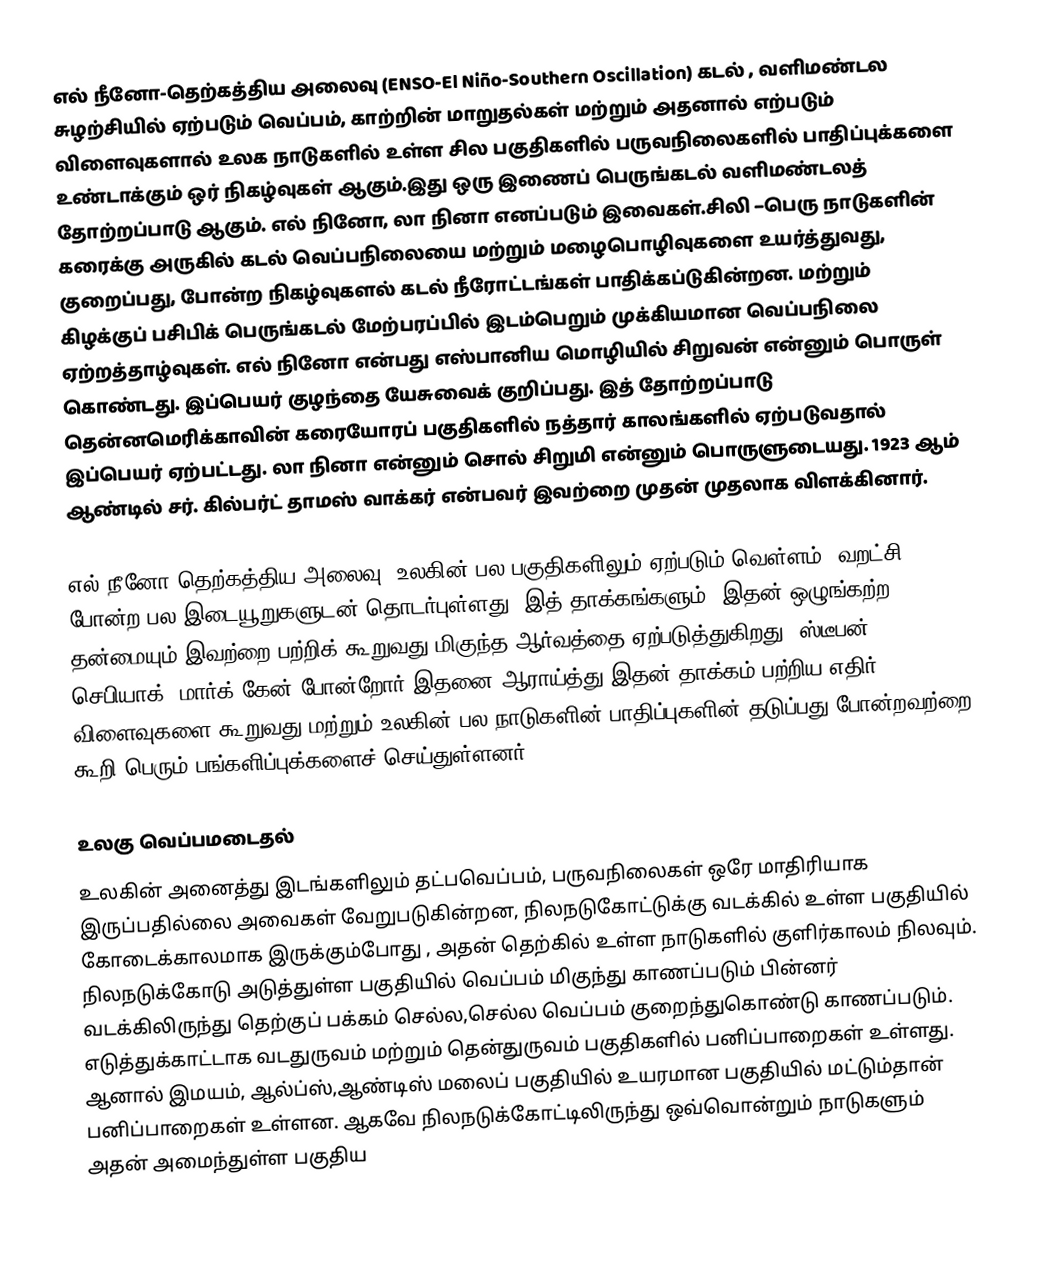
எல் நீனோ-தெற்கத்திய அலைவு (ENSO-El Niño-Southern Oscillation) கடல் , வளிமண்டல சுழற்சியில் ஏற்படும் வெப்பம், காற்றின் மாறுதல்கள் மற்றும் அதனால் எற்படும் விளைவுகளால் உலக நாடுகளில் உள்ள சில பகுதிகளில் பருவநிலைகளில் பாதிப்புக்களை உண்டாக்கும் ஒர் நிகழ்வுகள் ஆகும்.இது ஒரு இணைப் பெருங்கடல் வளிமண்டலத் தோற்றப்பாடு ஆகும். எல் நினோ, லா நினா எனப்படும் இவைகள்.சிலி –பெரு நாடுகளின் கரைக்கு அருகில் கடல் வெப்பநிலையை மற்றும் மழைபொழிவுகளை உயர்த்துவது, குறைப்பது, போன்ற  நிகழ்வுகளல் கடல் நீரோட்டங்கள் பாதிக்கப்டுகின்றன. மற்றும் கிழக்குப் பசிபிக் பெருங்கடல் மேற்பரப்பில் இடம்பெறும் முக்கியமான வெப்பநிலை ஏற்றத்தாழ்வுகள். எல் நினோ என்பது எஸ்பானிய மொழியில் சிறுவன் என்னும் பொருள் கொண்டது. இப்பெயர் குழந்தை யேசுவைக் குறிப்பது. இத் தோற்றப்பாடு தென்னமெரிக்காவின் கரையோரப் பகுதிகளில் நத்தார் காலங்களில் ஏற்படுவதால் இப்பெயர் ஏற்பட்டது. லா நினா என்னும் சொல் சிறுமி என்னும் பொருளுடையது. 1923 ஆம் ஆண்டில் சர். கில்பர்ட் தாமஸ் வாக்கர் என்பவர் இவற்றை முதன் முதலாக விளக்கினார்.

எல் நீனோ-தெற்கத்திய அலைவு, உலகின் பல பகுதிகளிலும் ஏற்படும் வெள்ளம், வறட்சி போன்ற பல இடையூறுகளுடன் தொடர்புள்ளது. இத் தாக்கங்களும், இதன் ஒழுங்கற்ற தன்மையும் இவற்றை பற்றிக் கூறுவது  மிகுந்த ஆர்வத்தை ஏற்படுத்துகிறது .ஸ்டீபன் செபியாக், மார்க் கேன் போன்றோர் இதனை ஆராய்த்து இதன் தாக்கம் பற்றிய  எதிர் விளைவுகளை கூறுவது மற்றும் உலகின் பல நாடுகளின் பாதிப்புகளின் தடுப்பது போன்றவற்றை கூறி பெரும் பங்களிப்புக்களைச் செய்துள்ளனர்.

உலகு வெப்பமடைதல்
உலகின் அனைத்து இடங்களிலும் தட்பவெப்பம், பருவநிலைகள் ஒரே மாதிரியாக இருப்பதில்லை அவைகள் வேறுபடுகின்றன, நிலநடுகோட்டுக்கு வடக்கில் உள்ள பகுதியில் கோடைக்காலமாக இருக்கும்போது , அதன் தெற்கில் உள்ள நாடுகளில் குளிர்காலம் நிலவும். நிலநடுக்கோடு அடுத்துள்ள பகுதியில் வெப்பம் மிகுந்து காணப்படும் பின்னர் வடக்கிலிருந்து தெற்குப் பக்கம் செல்ல,செல்ல வெப்பம் குறைந்துகொண்டு காணப்படும். எடுத்துக்காட்டாக வடதுருவம் மற்றும் தென்துருவம் பகுதிகளில் பனிப்பாறைகள் உள்ளது. ஆனால் இமயம், ஆல்ப்ஸ்,ஆண்டிஸ் மலைப் பகுதியில் உயரமான பகுதியில் மட்டும்தான் பனிப்பாறைகள் உள்ளன. ஆகவே நிலநடுக்கோட்டிலிருந்து ஒவ்வொன்றும் நாடுகளும் அதன் அமைந்துள்ள பகுதிய